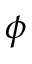
\phi